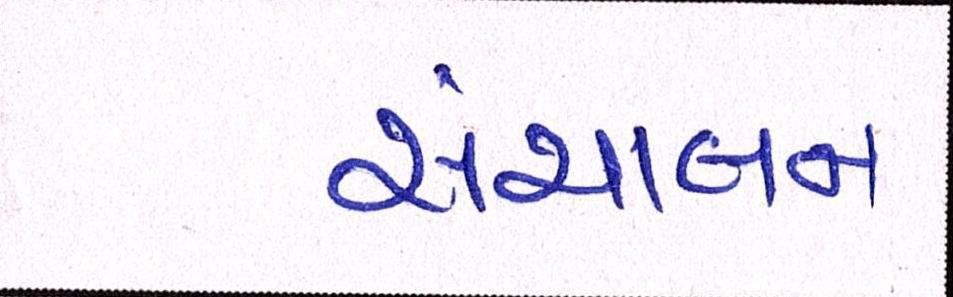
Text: સંચાલન